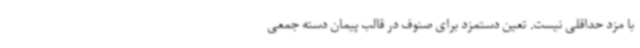
با مزد حداقلی نیست. تعین دستمزد برای صنوف در قالب پیمان دسته جمعی